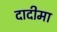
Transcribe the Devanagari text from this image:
दादीमा